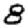
Digit: 8